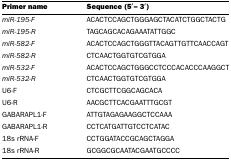
<table><thead><tr><td><b>Primer name</b></td><td><b>Sequence (5′–3′)</b></td></tr></thead><tbody><tr><td><i>miR-195-F</i></td><td>ACACTCCAGCTGGGAGCTACATCTGGCTACTG</td></tr><tr><td><i>miR-195-R</i></td><td>TAGCAGCACAGAAATATTGGC</td></tr><tr><td><i>miR-582-F</i></td><td>ACACTCCAGCTGGGTTACAGTTGTTCAACCAGT</td></tr><tr><td><i>miR-582-R</i></td><td>CTCAACTGGTGTCGTGGA</td></tr><tr><td><i>miR-532-F</i></td><td>ACACTCCAGCTGGGCCTCCCACACCCAAGGCT</td></tr><tr><td><i>miR-532-R</i></td><td>CTCAACTGGTGTCGTGGA</td></tr><tr><td>U6-F</td><td>CTCGCTTCGGCAGCACA</td></tr><tr><td>U6-R</td><td>AACGCTTCACGAATTTGCGT</td></tr><tr><td>GABARAPL1-F</td><td>ATTGTAGAGAAGGCTCCAAA</td></tr><tr><td>GABARAPL1-R</td><td>CCTCATGATTGTCCTCATAC</td></tr><tr><td>18s rRNA-F</td><td>CCTGGATACCGCAGCTAGGA</td></tr><tr><td>18s rRNA-R</td><td>GCGGCGCAATACGAATGCCCC</td></tr></tbody></table>